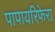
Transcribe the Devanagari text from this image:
पापायरिफेरा